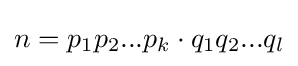
n=p_{1}p_{2}...p_{k}\cdot q_{1}q_{2}...q_{l}